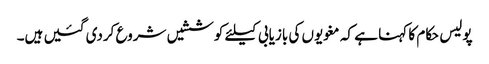
پولیس حکام کا کہنا ہے کہ مغویوں کی بازیابی کیلئے کوششیں شروع کردی گئیں ہیں۔